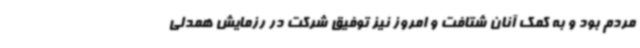
مردم بود و به کمک آنان شتافت و امروز نیز توفیق شرکت در رزمایش همدلی